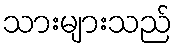
သားများသည်